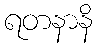
ရတနာနိ